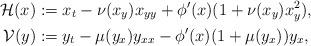
LaTeX: \begin{align*}\mathcal{H}(x) &:= x_t - \nu(x_y) x_{yy} + \phi'(x) (1+\nu(x_y) x_y^2),\\\mathcal{V}(y) &:= y_t - \mu(y_x) y_{xx} - \phi'(x) (1+\mu(y_x)) y_x,\end{align*}